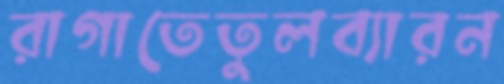
রাগাতেতুলব্যারন